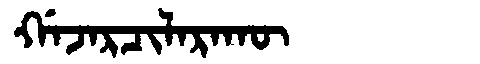
Manchu: ᡤᠠᠵᠠᡵᠴᡳᠯᠠᡵᠠᡴᡡ
Romanization: GAJARCILARAKŪ